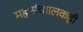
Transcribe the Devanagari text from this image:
महासंचाालकही